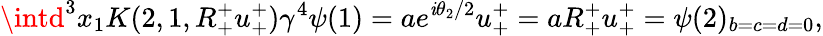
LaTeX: \intd^{3}x_{1}K(2,1,R_{+}^{+}u_{+}^{+})\gamma^{4}\psi(1)=ae^{\mathit{i}\theta_{2}/2}u_{+}^{+}=aR_{+}^{+}u_{+}^{+}=\psi(2)_{b=c=d=0},